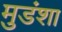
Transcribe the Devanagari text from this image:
मुडंशा